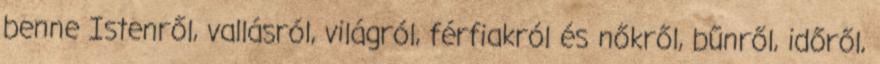
benne Istenről, vallásról, világról, férfiakról és nőkről, bűnről, időről,